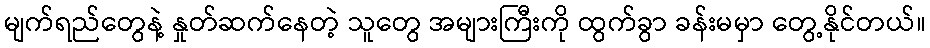
မျက်ရည်တွေနဲ့ နှုတ်ဆက်နေတဲ့ သူတွေ အများကြီးကို ထွက်ခွာ ခန်းမမှာ တွေ့နိုင်တယ်။